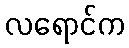
လရောင်က